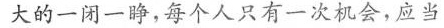
大的一闭一睁，每个人只有一次机会，应当